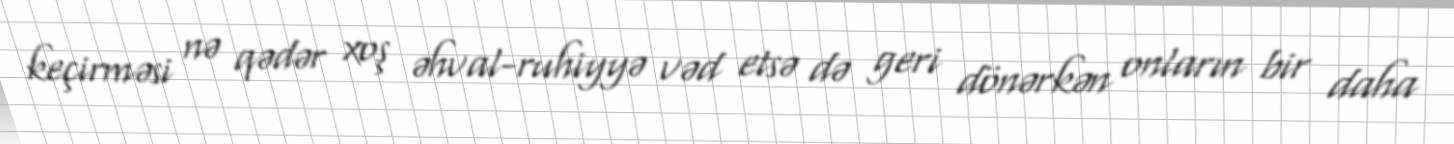
keçirməsi nə qədər xoş əhval-ruhiyyə vəd etsə də geri dönərkən onların bir daha